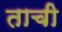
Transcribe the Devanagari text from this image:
ताची